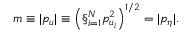
m \equiv | p _ { u } | \equiv \left( \S _ { i = 1 } ^ { N } p _ { u _ { i } } ^ { 2 } \right) ^ { 1 / 2 } = | p _ { \eta } | .